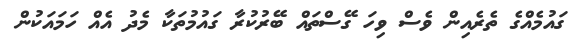
ގައުމެއްގެ ތެރެއިން ވެސް ވިހަ ގޭސްތައް ބޭރުކުރާ ގައުމުތަކާ މެދު އެއް ހަމައަކުން